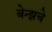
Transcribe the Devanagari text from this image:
बेन्झचे